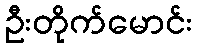
ဦးတိုက်မောင်း